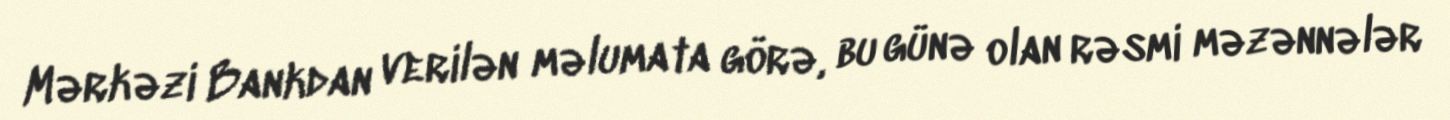
Mərkəzi Bankdan verilən məlumata görə, bu günə olan rəsmi məzənnələr